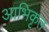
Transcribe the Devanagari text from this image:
आभिकृत